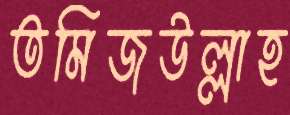
তমিজউল্লাহ